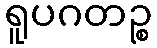
ရူပဂတဉ္စ